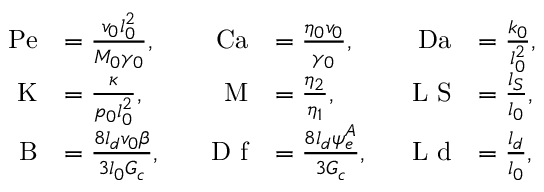
\begin{array} { r l r l r l } { \mathrm { P e } } & { = \frac { v _ { 0 } l _ { 0 } ^ { 2 } } { M _ { 0 } \gamma _ { 0 } } , } & { \quad \mathrm { C a } } & { = \frac { \eta _ { 0 } v _ { 0 } } { \gamma _ { 0 } } , } & { \quad \mathrm { D a } } & { = \frac { k _ { 0 } } { l _ { 0 } ^ { 2 } } , } \\ { \mathrm { K } } & { = \frac { \kappa } { p _ { 0 } l _ { 0 } ^ { 2 } } , } & { \mathrm { M } } & { = \frac { \eta _ { 2 } } { \eta _ { 1 } } , } & { \mathrm { L \textsubscript ~ S } } & { = \frac { l _ { S } } { l _ { 0 } } , } \\ { \quad \mathrm { B } } & { = \frac { 8 l _ { d } v _ { 0 } \beta } { 3 l _ { 0 } G _ { c } } , } & { \quad \mathrm { D \textsubscript ~ f } } & { = \frac { 8 l _ { d } \psi _ { e } ^ { A } } { 3 G _ { c } } , } & { \mathrm { L \textsubscript ~ d } } & { = \frac { l _ { d } } { l _ { 0 } } , } \end{array}